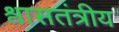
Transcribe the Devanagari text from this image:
श्वासतंत्रीय